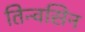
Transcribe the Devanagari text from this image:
तिन्वसिन